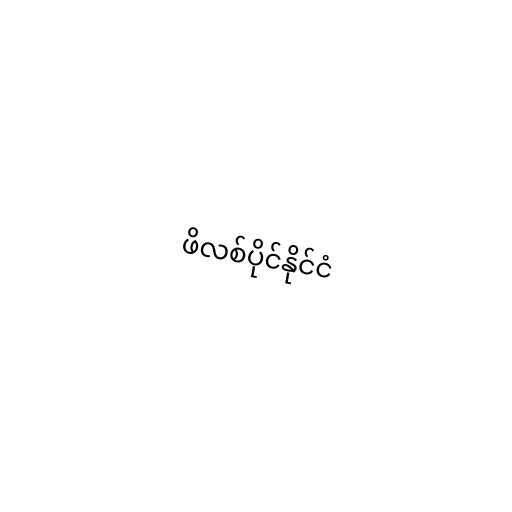
ဖိလစ်ပိုင်နိုင်ငံ